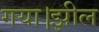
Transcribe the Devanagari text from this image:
गया।झील